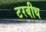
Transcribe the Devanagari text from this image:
टरबीथ